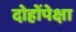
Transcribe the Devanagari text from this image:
दोहोंपेक्षा